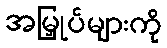
အမြှုပ်များကို